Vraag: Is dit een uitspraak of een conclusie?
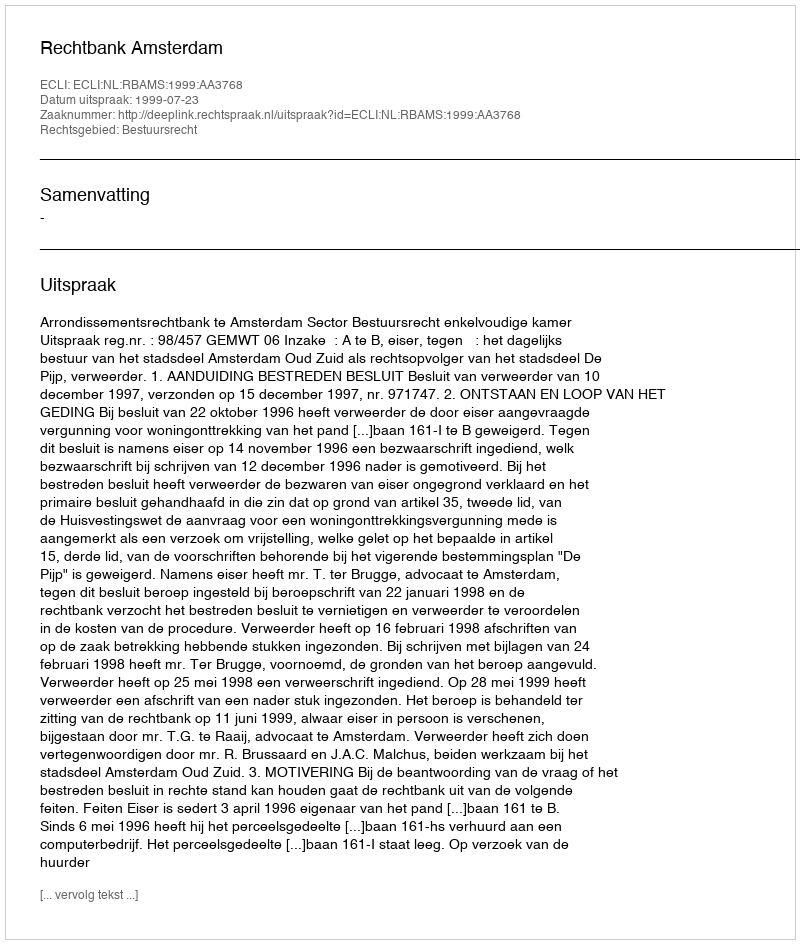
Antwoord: Uitspraak